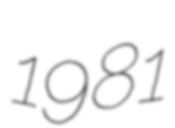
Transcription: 1981